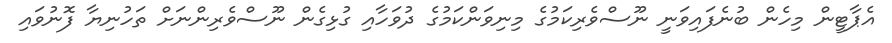
އެޕާޓީން މިހެން ބުނެފައިވަނީ ނޫސްވެރިކަމުގެ މިނިވަންކަމުގެ ދުވަހާއި ގުޅިގެން ނޫސްވެރިންނަށް ތަހުނިޔާ ފޮނުވައި